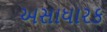
અસાધારક